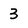
Character: 3